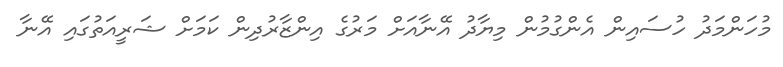
މުހަންމަދު ހުސައިން އެންގުމުން މިޔާދު އޭނާއަށް މަރުގެ އިންޒާރުދިން ކަމަށް ޝަރީއަތުގައި އޭނާ